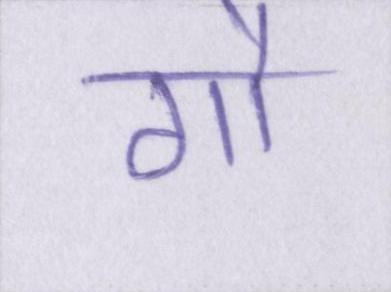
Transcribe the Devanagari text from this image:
गौ